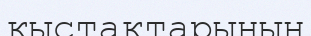
қыстақтарының